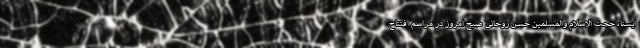
ایسنا، حجت الاسلام والمسلمین حسن روحانی صبح امروز در مراسم افتتاح